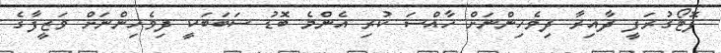
ފޮޓޯގުރަފީ ދާއިރާ ދިވެހިންނަށް ހާއްސަ ކުރި އެންމެ ބޮޑު ސަބަބަކީ ދިވެހިންނަށް ވަޒީފާގެ